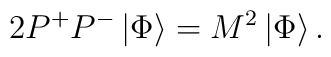
2P^{+}P^{-}\left|\Phi\right\rangle = M^{2}\left|\Phi\right\rangle .